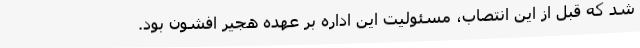
شد که قبل از این انتصاب، مسئولیت این اداره بر عهده هجیر افشون بود.